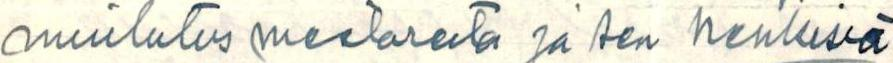
muilutus mestareita ja sen henkisiä